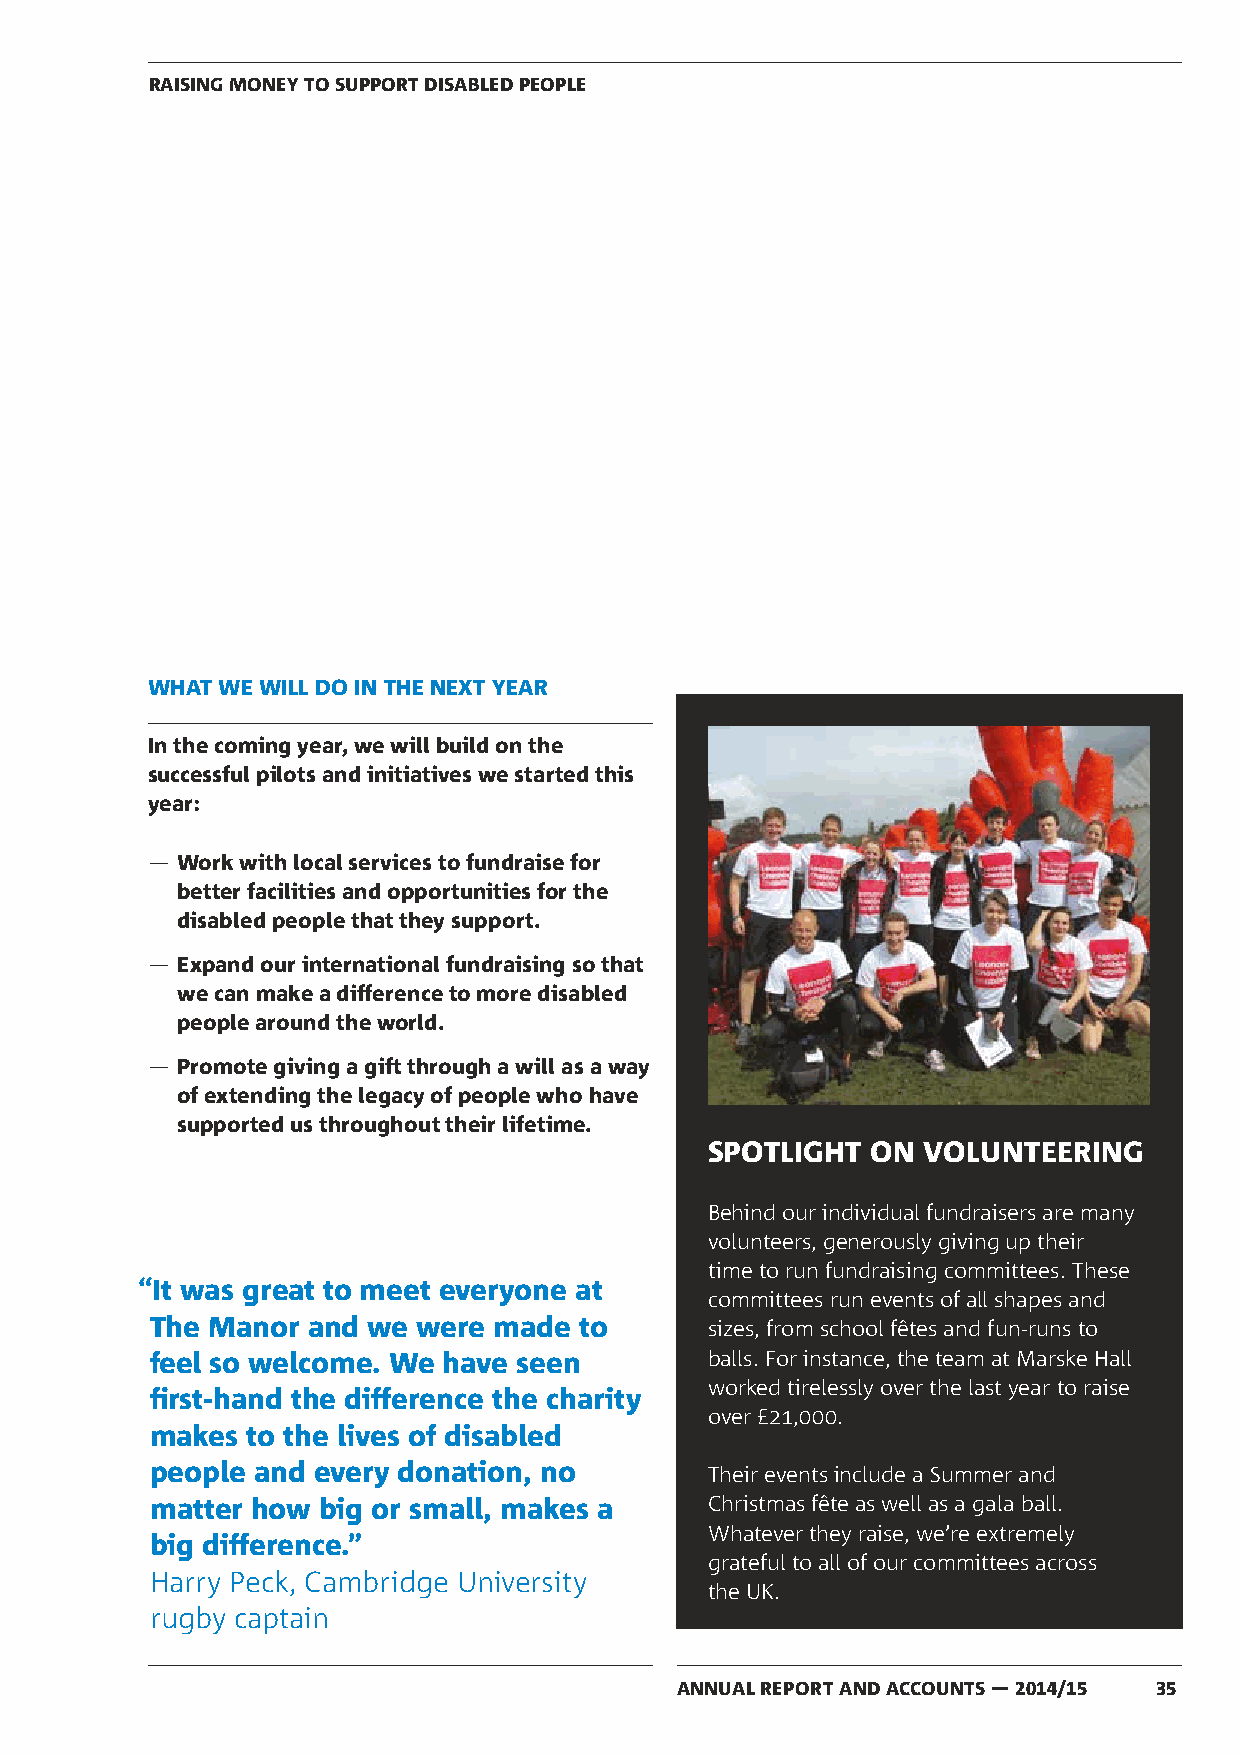
RAISING MONEY TO SUPPORT DISABLED PEOPLE
 WHAT WE WILL DO IN THE NEXT YEAR
 In the coming year, we will build on the
 successful pilots and initiatives we started this
 year:
 ― Work with local services to fundraise for
 better facilities and opportunities for the
 disabled people that they support.
 ― Expand our international fundraising so that
 we can make a difference to more disabled
 people around the world.
 ― Promote giving a gift through a will as a way
 of extending the legacy of people who have
 supported us throughout their lifetime.
 SPOTLIGHT  ON VOLUNTEERING
 Behind our individual fundraisers are many
 volunteers, generously giving up their
 time to run fundraising committees. These
 “It was great to meet everyone at
 committees run events of all shapes and
 The Manor and we  were made to       sizes, from school fêtes and fun-runs to
 feel so welcome. We have seen        balls. For instance, the team at Marske Hall
 worked tirelessly over the last year to raise
 first-hand the difference the charity
 over £21,000.
 makes to the lives of disabled
 people and every donation, no        Their events include a Summer and
 matter how big or small, makes a     Christmas fête as well as a gala ball.
 Whatever they raise, we’re extremely
 big difference.”
 grateful to all of our committees across
 Harry Peck, Cambridge University
 the UK.
 rugby captain
 ANNUAL REPORT AND ACCOUNTS — 2014/15 35